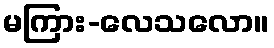
မကြား-လေသလော။